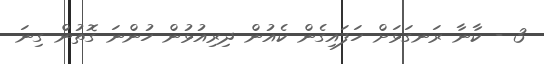
3 - ކާނާ ރަނގަޅަށް ހަފައިގެން ކެއުން ދިރިއުޅުން ހުންނަ ގޮތުން ގިނަ